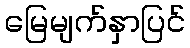
မြေမျက်နှာပြင်